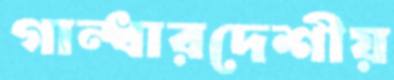
গান্ধারদেশীয়